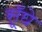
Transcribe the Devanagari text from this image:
सूँघे